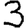
Digit: 3